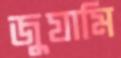
জুযামি